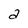
Character: a